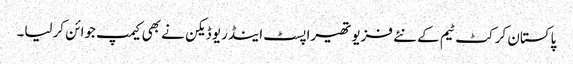
پاکستان کرکٹ ٹیم کے نئے فزیو تھیراپسٹ اینڈریو ڈیکن نے بھی کیمپ جوائن کرلیا۔